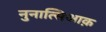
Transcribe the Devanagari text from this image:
नुनात्सिआक़